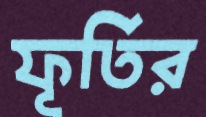
ফূর্তির